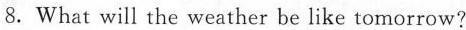
8.What will the weather be like tomorrow?